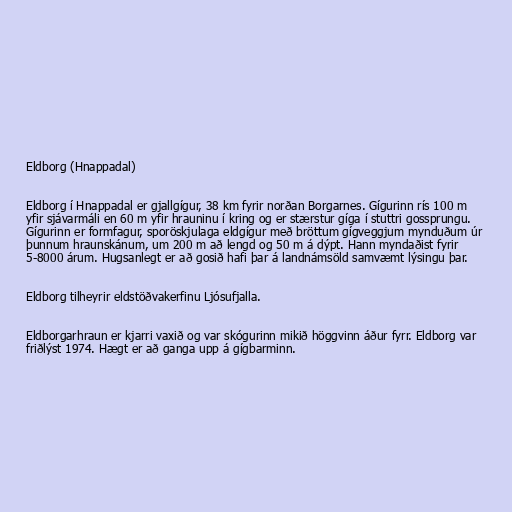
Eldborg (Hnappadal)

Eldborg í Hnappadal er gjallgígur, 38 km fyrir norðan Borgarnes. Gígurinn rís 100 m
yfir sjávarmáli en 60 m yfir hrauninu í kring og er stærstur gíga í stuttri gossprungu.
Gígurinn er formfagur, sporöskjulaga eldgígur með bröttum gígveggjum mynduðum úr
þunnum hraunskánum, um 200 m að lengd og 50 m á dýpt. Hann myndaðist fyrir
5-8000 árum. Hugsanlegt er að gosið hafi þar á landnámsöld samvæmt lýsingu þar.

Eldborg tilheyrir eldstöðvakerfinu Ljósufjalla.

Eldborgarhraun er kjarri vaxið og var skógurinn mikið höggvinn áður fyrr. Eldborg var
friðlýst 1974. Hægt er að ganga upp á gígbarminn.